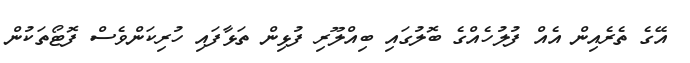
އޭގެ ތެރެއިން އެއް ފުލުހެއްގެ ބޮލުގައި ބިއްލޫރި ފުޅިން ތަޅާފައި ހުރިކަންވެސް ފޮޓޯތަކުން